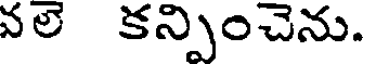
వలె కన్పించెను.